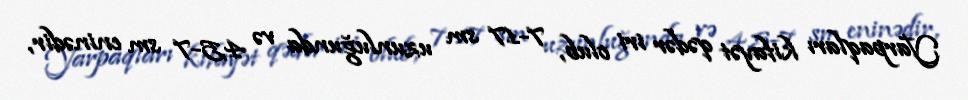
Yarpaqları kifayət qədər iri olub, 7-17 sm uzunluğunda və 4,5-7 sm eninədir,